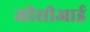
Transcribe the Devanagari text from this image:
जीसीआई